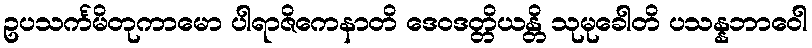
ဥပသင်္ကမိတုကာမော ပါရာဇိကေနာတိ ဒေဝဒတ္တိယန္တိ သုမုခေါတိ ပသန္နဘာဝေါ